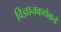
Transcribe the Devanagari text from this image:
विज्ञानकथेकडे